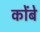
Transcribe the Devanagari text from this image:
कोंबे